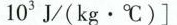
1 0 ^ { 3 }$$ J/(kg · ℃)]